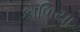
કાળિયા